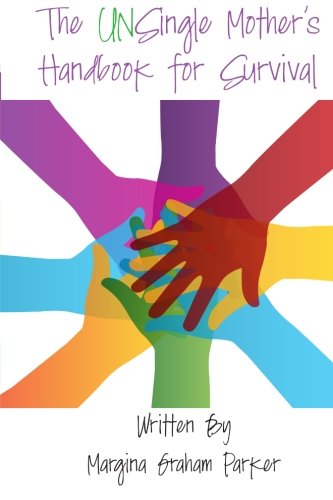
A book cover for The UNSingle Mother's Handbook For Survival: You Are Not In This Alone!; Ms. Margina Graham Parker; Parenting & Relationships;